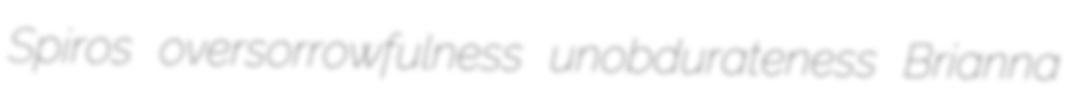
Spiros oversorrowfulness unobdurateness Brianna